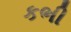
કભી